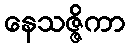
နေသဇ္ဇိကာ